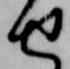
せ